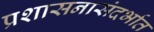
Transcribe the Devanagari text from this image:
प्रशासनासंदर्भात